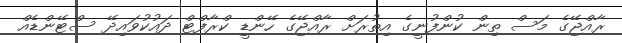
ރާއްޖޭގެ މަސް ތިން ކުންފުނީގެ އިތުރަށް ރާއްޖޭގެ ހޭންޑީ ކްރާފްޓް ދައުކުވައިދޭ ސްޓޭންޑެއް